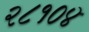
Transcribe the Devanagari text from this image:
२८१०४